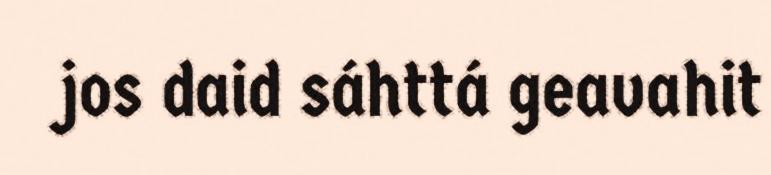
jos daid sáhttá geavahit